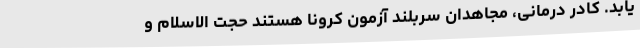
یابد. کادر درمانی، مجاهدان سربلند آزمون کرونا هستند حجت الاسلام و